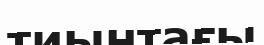
тиынтағы